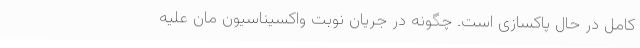
کامل در حال پاکسازی است. چگونه در جریان نوبت واکسیناسیون‌ مان علیه